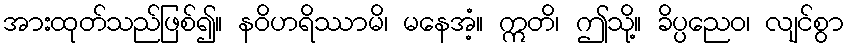
အားထုတ်သည်ဖြစ်၍။ နဝိဟရိဿာမိ၊ မနေအံ့။ ဣတိ၊ ဤသို့။ ခိပ္ပညေဝ၊ လျင်စွာ